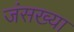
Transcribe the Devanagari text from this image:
जंसख्या